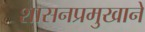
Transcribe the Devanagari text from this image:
शासनप्रमुखाने